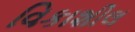
વિકાશીલ